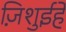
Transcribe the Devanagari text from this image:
ज़िशुईहे